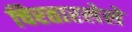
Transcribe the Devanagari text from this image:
चिरतारलेले